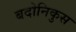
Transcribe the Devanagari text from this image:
बदोनिकुस